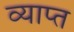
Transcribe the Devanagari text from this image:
व्याप्‍त